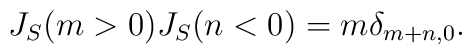
J_S(m > 0)J_S(n<0) = m\delta_{m+n,0}.